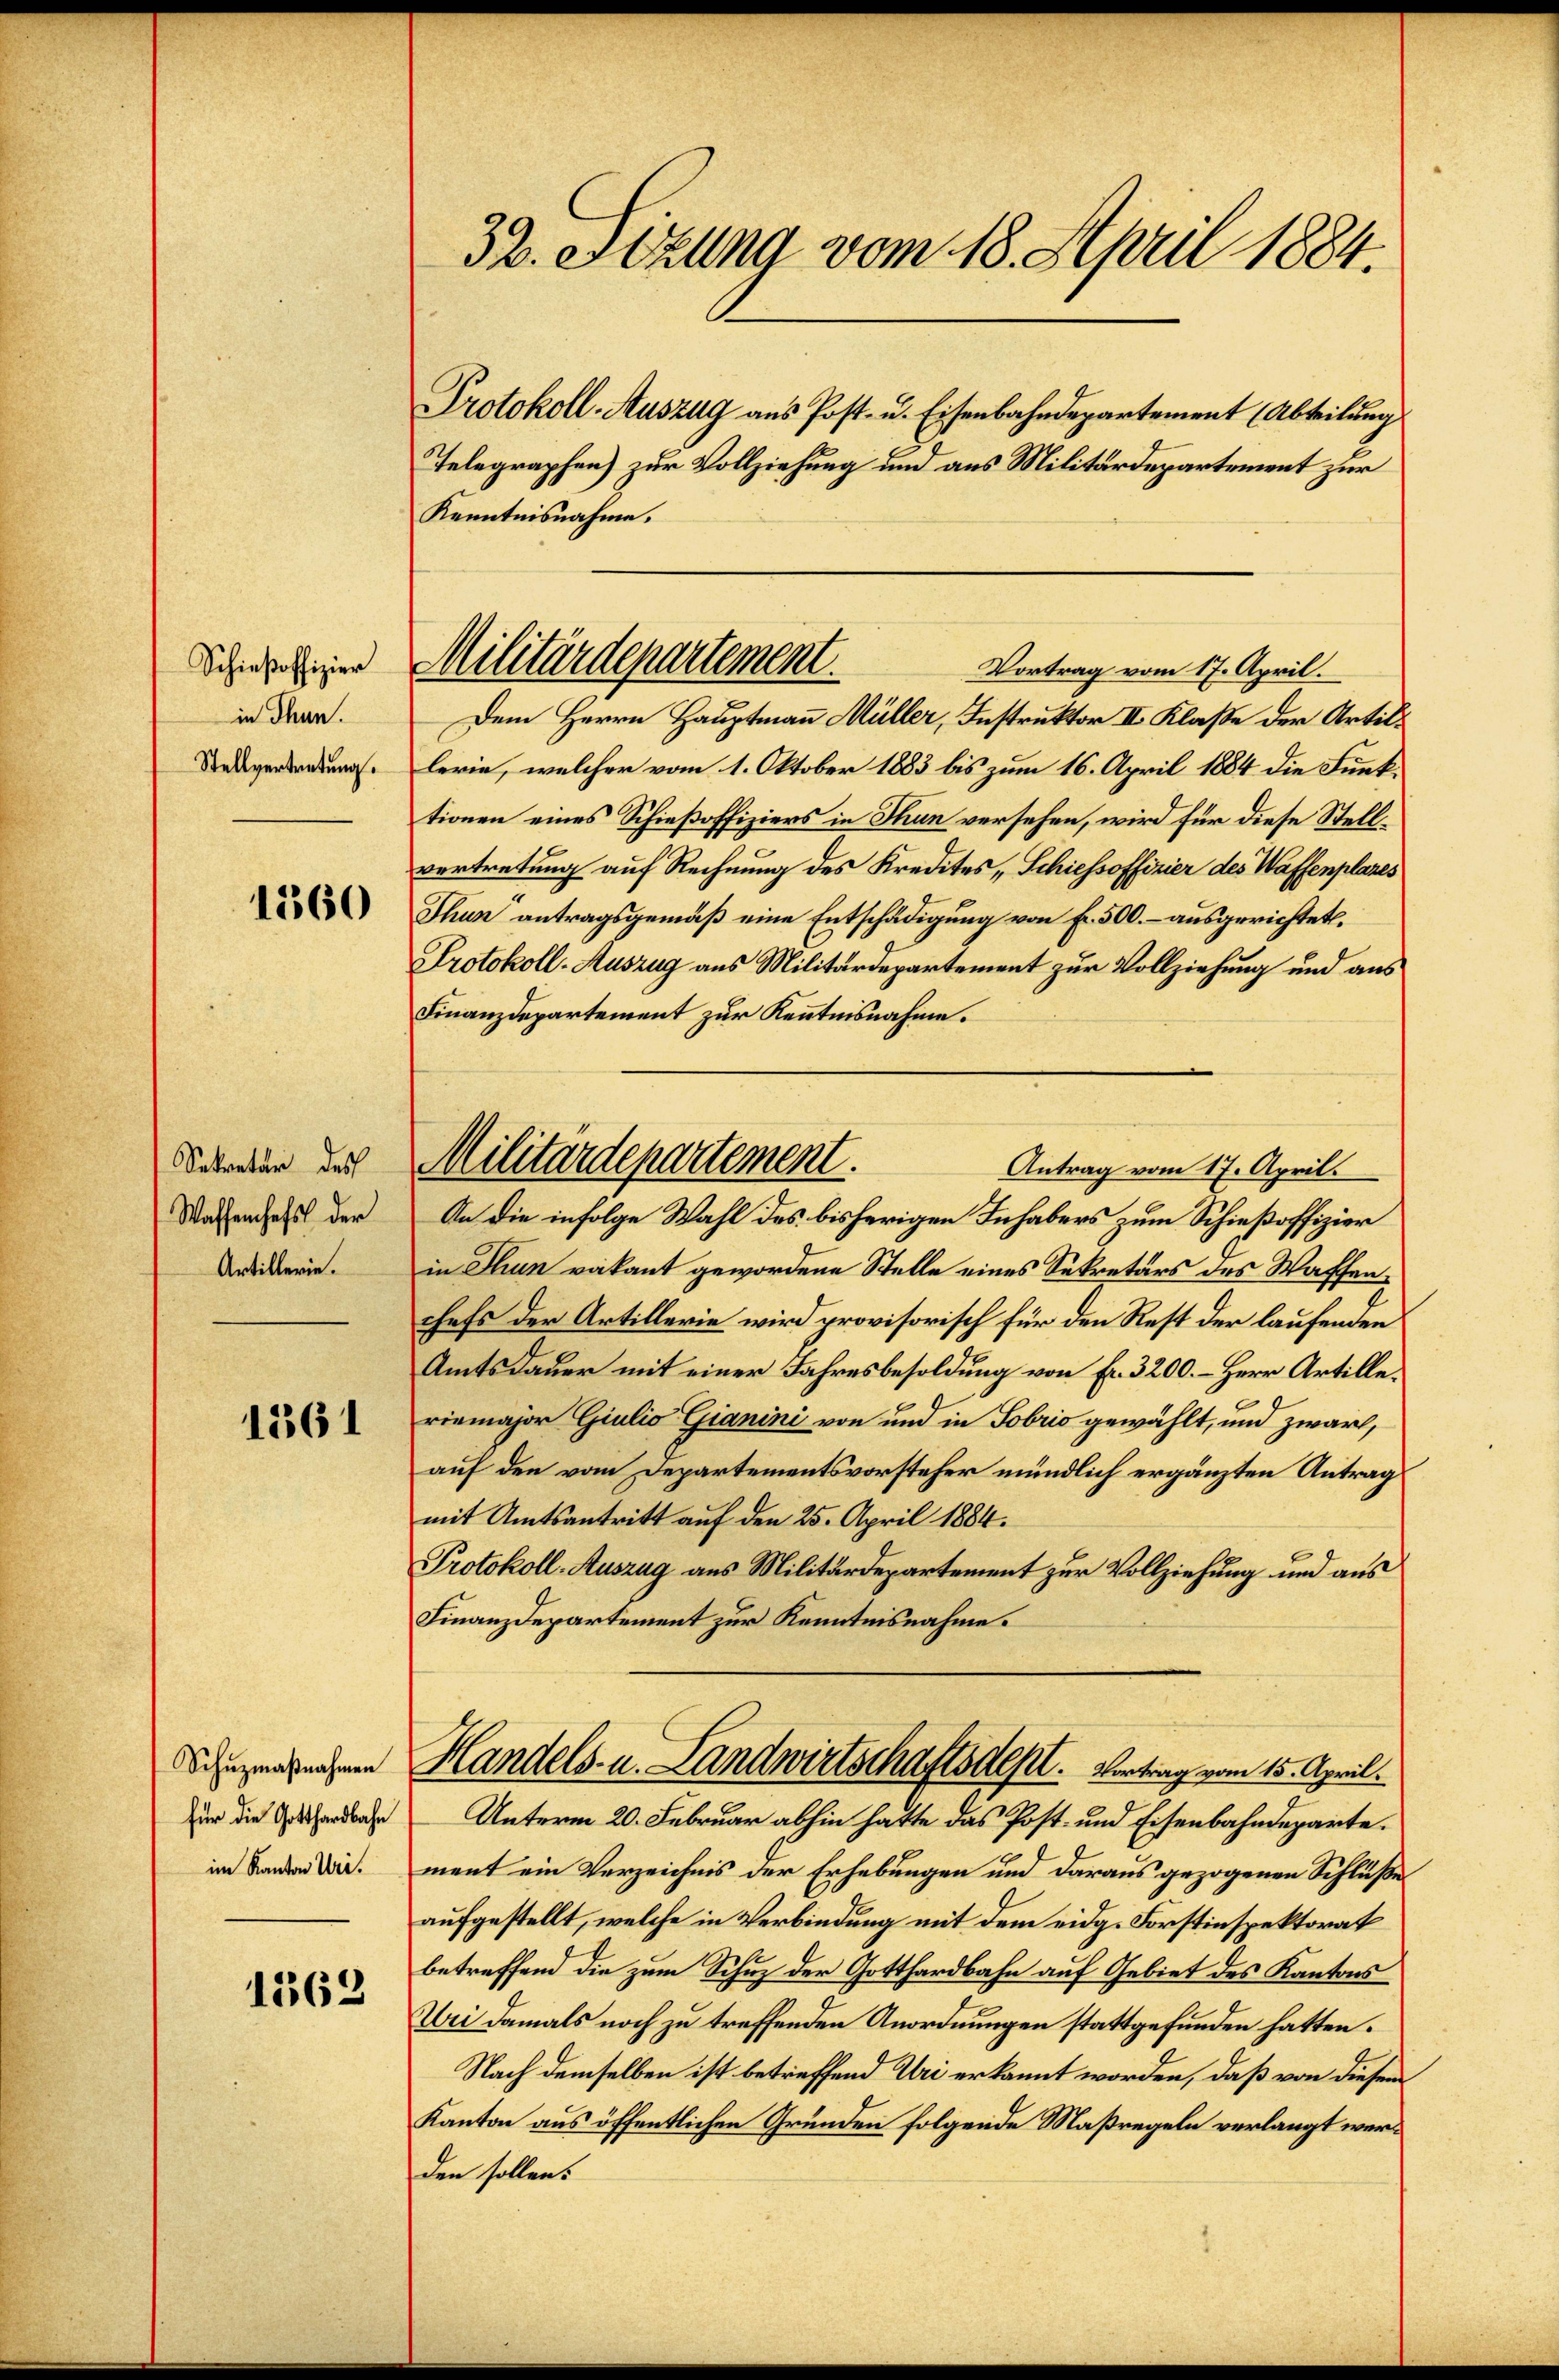
Schießoffizier
in Thun.
Stellvertretung.

1360

Sekretär des
Waffenhefs der
Artillerie.

1261

Schuzmaßnahmen
für die Gotthardbahn
im Kanton Uri.

1563

32. Sitzung vom 18. April 1884.

Protokoll-Auszug aus Post- u. Eisenbahndepartement (Abteilung
Kenntnisnahme.
Dem Herrn Hauptmann Müller, Instruktor II. Klaße der Artillerie, welcher vom 1. Oktober 1883 bis zum 16. April 1884 die Funktionen eines Schießoffiziers in Thun versehen, wird für diese Stellvertretung auf Rechnung des Kredites Schiefsoffizier des Waffenplazes
Thun antragsgemäß eine Entschädigung von Fr. 500.- ausgerichtet.
Protokoll-Auszug aus Militärdepartement zur Vollziehung und aus
Finanzdepartement zur Kenntnisnahme.
An die infolge Wahl des bisherigen Inhabers zum Schießoffizier
in Stun vakant gewordene Stelle eines Sekretärs des Waffenchefs der Artillerie wird provisorisch für den Rest der laufenden
Amtsdauer mit einer Jahresbesoldung von Fr. 3200. – Herr Artilleriemajor Giulio Gianini von und in Sobris gewählt, und zwar,
auf den vom Departementsvorsteher mündlich ergänzten Antrag
mit Amtsantritt auf den 25. April 1884.
Protokoll-Auszug aus Militärdepartement zur Vollziehung und aus
Finanzdepartement zur Kenntnisnahme.
Handels- u. Landwirtschaftsdept. Vertrag vom 15. April.
Unterm 20. Februar abhin hatte das Post- und Eisenbahndeparte.
ment ein Verzeichnis der Erhebungen und daraus gezogenen Schluße
aufgestellt, welche in Verbindung mit dem eidg. Forstinspektorat
betreffend die zum Schuz der Gotthardbahn auf Gebiet des Kantons
Wei damals noch zu treffenden Anordnungen stattgefunden hatten.
Nach demselben ist betreffend Uri erkannt worden, daß von diesem
Kanton aus öffentlichen Gründen folgende Maßregeln verlangt werden sollen.

Telegraphen) zur Vollziehung und aus Militärdepartement zur

Militärdepartement.
Vortrag vom 17. April.

Militärdepartement.
Antrag vom 17. April.